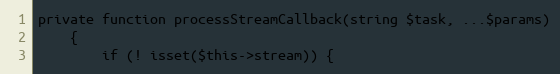
Language: PHP
private function processStreamCallback(string $task, ...$params)
    {
        if (! isset($this->stream)) {